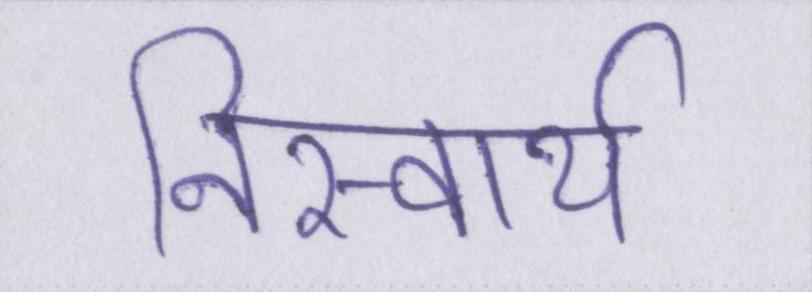
निस्वार्थ